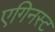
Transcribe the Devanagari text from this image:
एगिनस्ट